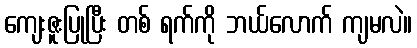
ကျေးဇူးပြုပြီး တစ် ရက်ကို ဘယ်လောက် ကျမလဲ။